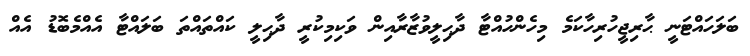
ބަލަހައްޓަނީ ޙާރިޖީހުރިހާކަމެ މިހެންހުއްޓާ ދާޙިލީވުޒާރާއިން ވަކިމިކުރީ ދާޙިލީ ކައްތައްތަ ބަލައްޓާ އެއްމެބޮޑު އެއް